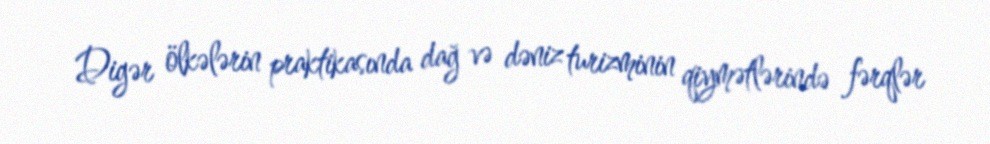
Digər ölkələrin praktikasında dağ və dəniz turizminin qiymətlərində fərqlər